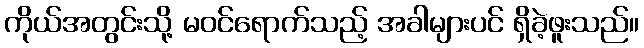
ကိုယ်အတွင်းသို့ မဝင်ရောက်သည့် အခါများပင် ရှိခဲ့ဖူးသည်။